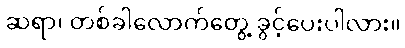
ဆရာ၊ တစ်ခါလောက်တွေ့ ခွင့်ပေးပါလား။